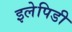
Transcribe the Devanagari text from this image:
इलेपिडी